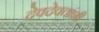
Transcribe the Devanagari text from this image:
देवदेवतांशी